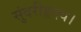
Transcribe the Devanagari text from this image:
सुंदरीहृदय।